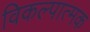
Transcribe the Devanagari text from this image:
विकल्पात्मक